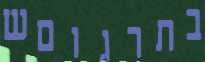
בתרגוםש